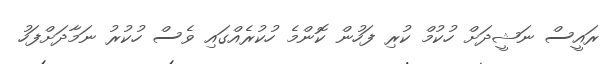
ރައީސް ނަޝީދަށް ހުކުމް ކުރި ފަހުން ކޮންމެ ހުކުރެއްގައި ވެސް ހުކުރު ނަމާދަށްފަހު